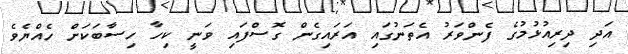
އަދި ދިރިއުޅުމުގެ ފެންވަރު އެތަނުގައި އަރައިގެން ގޮސްފައި ވަނީ ކިހާ ހިސާބަކަށް ހެއްޔެވެ